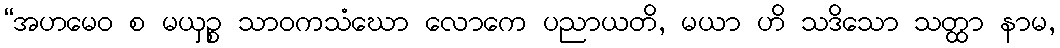
“အဟမေဝ စ မယှဉ္စ သာဝကသံဃော လောကေ ပညာယတိ, မယာ ဟိ သဒိသော သတ္ထာ နာမ,